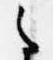
之